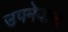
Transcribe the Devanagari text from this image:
उपमेयांना